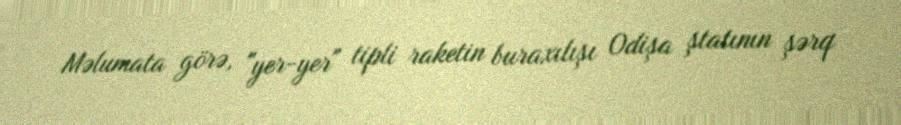
Məlumata görə, "yer-yer" tipli raketin buraxılışı Odişa ştatının şərq